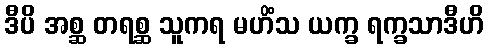
ဒီပိ အစ္ဆ တရစ္ဆ သူကရ မဟိံသ ယက္ခ ရက္ခသာဒီဟိ